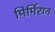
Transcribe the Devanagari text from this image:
मिर्मिरान